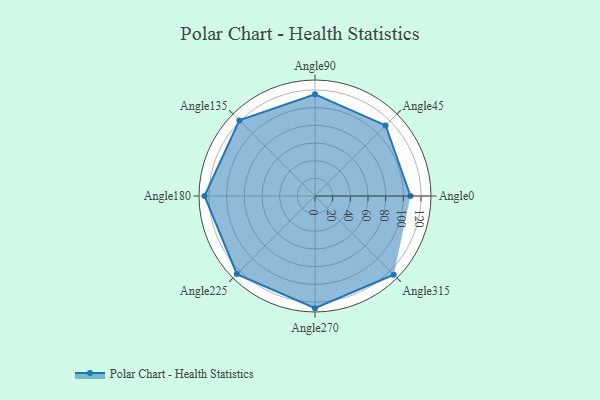
{"axis": {"x": "Angle", "y": "Radius"}, "legend": [""], "data": [{"x": "Angle0", "y": 108.0, "type": ""}, {"x": "Angle45", "y": 113.0, "type": ""}, {"x": "Angle90", "y": 115.0, "type": ""}, {"x": "Angle135", "y": 121.0, "type": ""}, {"x": "Angle180", "y": 125.0, "type": ""}, {"x": "Angle225", "y": 125.0, "type": ""}, {"x": "Angle270", "y": 127.0, "type": ""}, {"x": "Angle315", "y": 126.0, "type": ""}]}